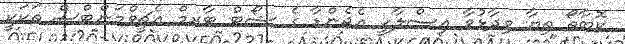
ކޮބާތޯ ތިޔާ ވިދާޅުވާ އިސްލާހީ އެޖެންޑާ ގެ ޝޯޓް ޓާރމް އެޗީވްމަންޓްސް ތަކަކީ